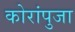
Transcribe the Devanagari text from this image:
कोरांपुजा